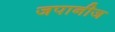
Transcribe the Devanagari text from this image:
जपानीज